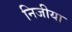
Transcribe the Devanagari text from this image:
निजीया